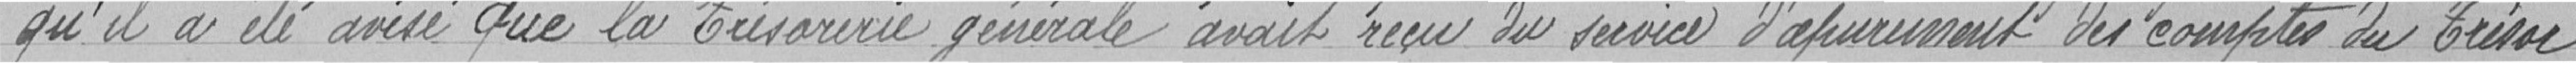
"qu'il a été avisé que la Trésorerie générale avait reçu du service d'apurement des comptes du Trésor.